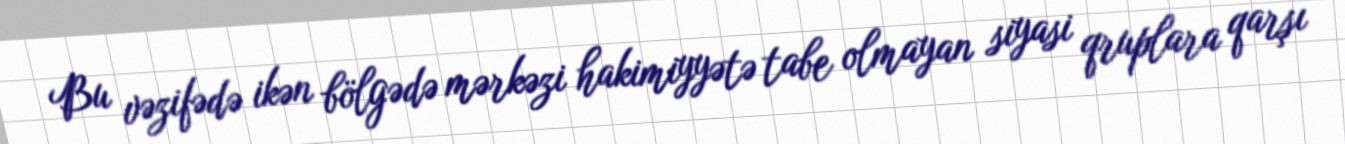
Bu vəzifədə ikən bölgədə mərkəzi hakimiyyətə tabe olmayan siyasi qruplara qarşı